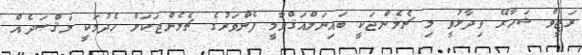
ރަޖީވް ޝަހާރޭ ވިދާޅުވީ މި ޗެލެންޖަކީ ބައިނަލްއަޤްވާމީ ފެންވަރުގެ ޗެލެންޖަކަށް ހެދުމަކީ މަޤްޞަދެއް